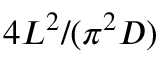
4 L ^ { 2 } / ( \pi ^ { 2 } D )